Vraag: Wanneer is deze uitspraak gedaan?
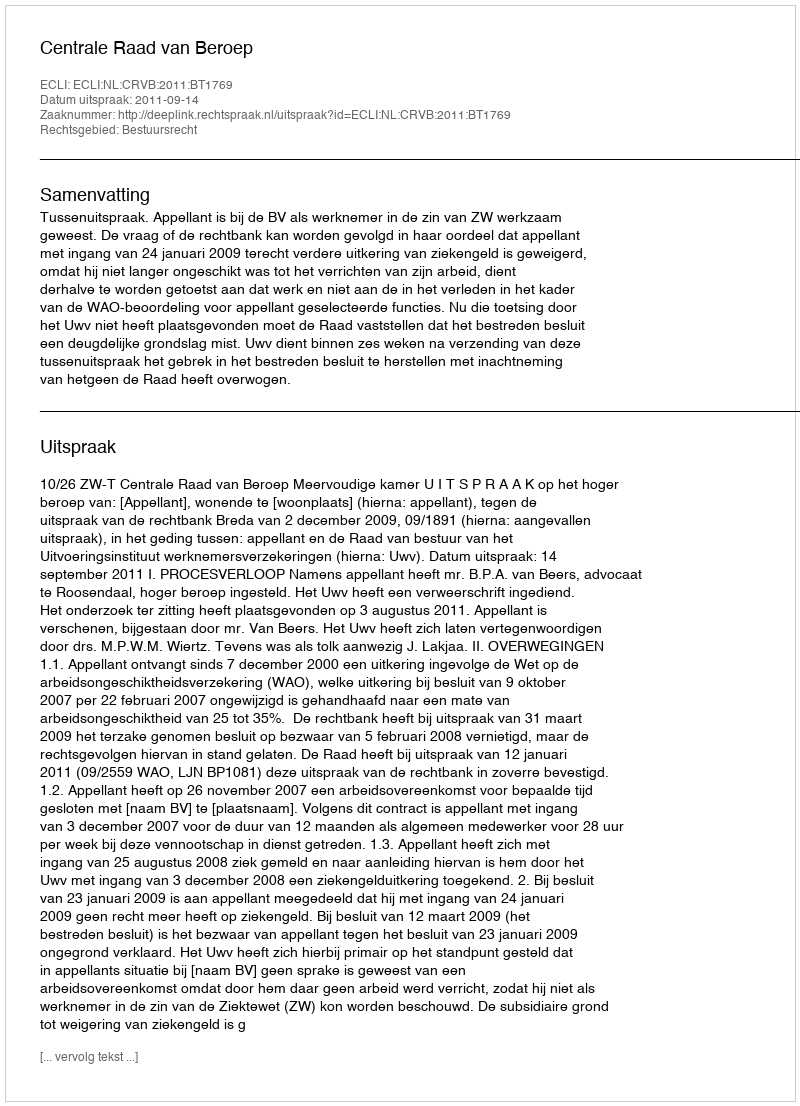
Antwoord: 2011-09-14